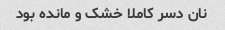
نان دسر کاملا خشک و مانده بود